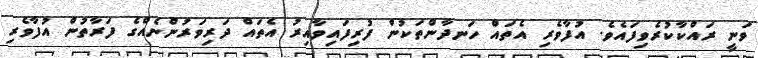
ވަނީ ރައްކާކުރެވިފައެވެ. އުފާވެރި އެތައް ހަނދާންތަކުން ފުރިފައިވާއިރު އެތައް ދަރިވަރުންނެއްގެ ފަރާތުން އުފާވެރި